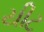
યીટ